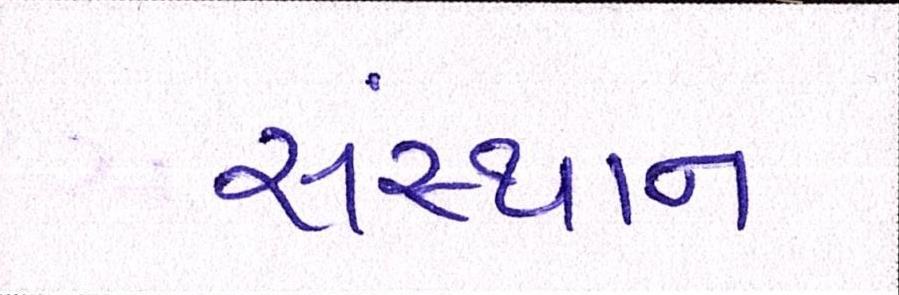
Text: સંસ્થાન